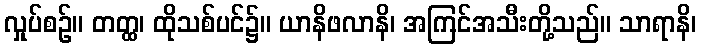
လှုပ်စဉ်။ တတ္ထ၊ ထိုသစ်ပင်၌။ ယာနိဖလာနိ၊ အကြင်အသီးတို့သည်။ သာရာနိ၊